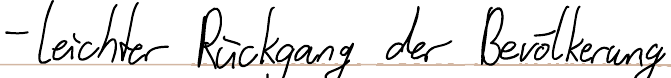
- leichter Rückgang der Bevölkerung